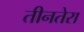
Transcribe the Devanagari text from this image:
तीनतेरा